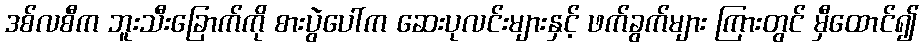
ဒစ်လစီက ဘူးသီးခြောက်ကို စားပွဲပေါ်က ဆေးပုလင်းများနှင့် ဖက်ခွက်များ ကြားတွင် မှီထောင်၍